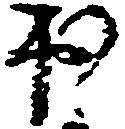
出